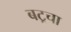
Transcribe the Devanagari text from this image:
बटूचा